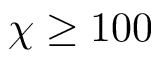
\chi \geq 1 0 0